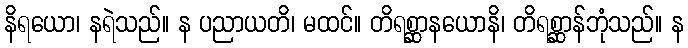
နိရယော၊ နရဲသည်။ န ပညာယတိ၊ မထင်။ တိရစ္ဆာနယောနိ၊ တိရစ္ဆာန်ဘုံသည်။ န